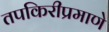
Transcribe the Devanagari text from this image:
तपकिरीप्रमाणे